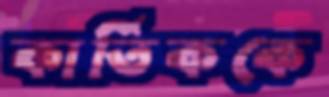
কার্তিককে